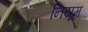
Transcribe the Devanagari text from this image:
नियूम